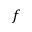
f